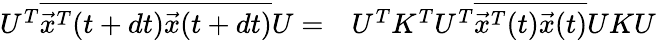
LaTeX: \begin{array}{rl}{U^{T}\overline{{\vec{x}^{T}(t+dt)\vec{x}(t+dt)}}U=}&{{}U^{T}K^{T}U^{T}\overline{{\vec{x}^{T}(t)\vec{x}(t)}}UKU}\end{array}